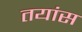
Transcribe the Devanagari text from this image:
तयांस